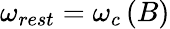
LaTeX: \begin{array}{r}{\omega_{rest}=\omega_{c}\left(B\right)}\end{array}